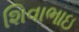
શિવાભાઇ